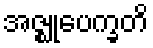
အဇ္ဈုပေက္ခတိ